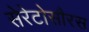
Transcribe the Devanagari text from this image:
सेरेटोसौरस